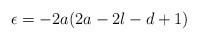
LaTeX: \begin{align*} \epsilon = - 2a(2a-2l-d+1) \end{align*}